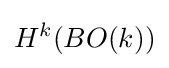
H^{k}(BO(k))